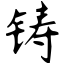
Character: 铸